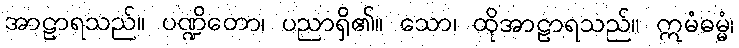
အာဠာရသည်။ ပဏ္ဍိတော၊ ပညာရှိ၏။ သော၊ ထိုအာဠာရသည်။ ဣမံဓမ္မံ၊